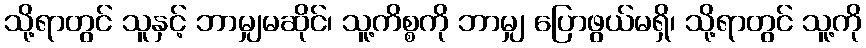
သို့ရာတွင် သူနှင့် ဘာမျှမဆိုင်၊ သူ့ကိစ္စကို ဘာမျှ ပြောဖွယ်မရှိ၊ သို့ရာတွင် သူ့ကို